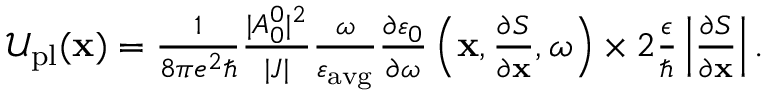
\begin{array} { r } { \mathcal { U } _ { \mathrm { p l } } ( \mathbf { x } ) = \frac { 1 } { 8 \pi e ^ { 2 } \hbar } \frac { | A _ { 0 } ^ { 0 } | ^ { 2 } } { | J | } \frac { \omega } { \varepsilon _ { \mathrm { a v g } } } \frac { \partial \varepsilon _ { 0 } } { \partial \omega } \left( \mathbf { x } , \frac { \partial S } { \partial \mathbf { x } } , \omega \right) \times 2 \frac { \epsilon } { \hbar } \left| \frac { \partial S } { \partial \mathbf { x } } \right| . } \end{array}